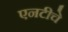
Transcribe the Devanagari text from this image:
एनटीचे